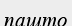
пашто